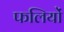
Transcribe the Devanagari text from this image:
फलियों